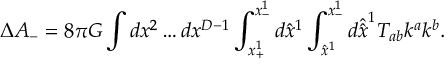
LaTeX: \Delta A _ { - } = 8 \pi G \int d x ^ { 2 } \ldots d x ^ { D - 1 } \int _ { x _ { + } ^ { 1 } } ^ { x _ { - } ^ { 1 } } d \hat { x } ^ { 1 } \int _ { \hat { x } ^ { 1 } } ^ { x _ { - } ^ { 1 } } d \hat { \hat { x } } ^ { 1 } T _ { a b } k ^ { a } k ^ { b } .